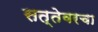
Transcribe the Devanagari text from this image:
सत्तेवरचा